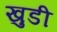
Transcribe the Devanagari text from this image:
खुडी